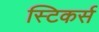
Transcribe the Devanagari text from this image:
स्टिकर्स